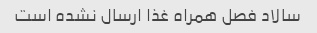
سالاد فصل همراه غذا ارسال نشده است